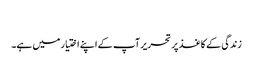
​
زندگی کے کاغذ پر تحریر آپ کے اپنے اختیار میں ہے۔